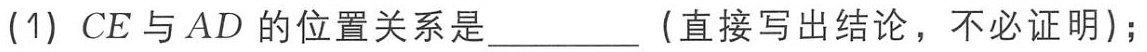
(1) \(CE\)与\(AD\)的位置关系是________ （直接写出结论，不必证明）；